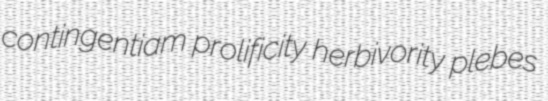
contingentiam prolificity herbivority plebes